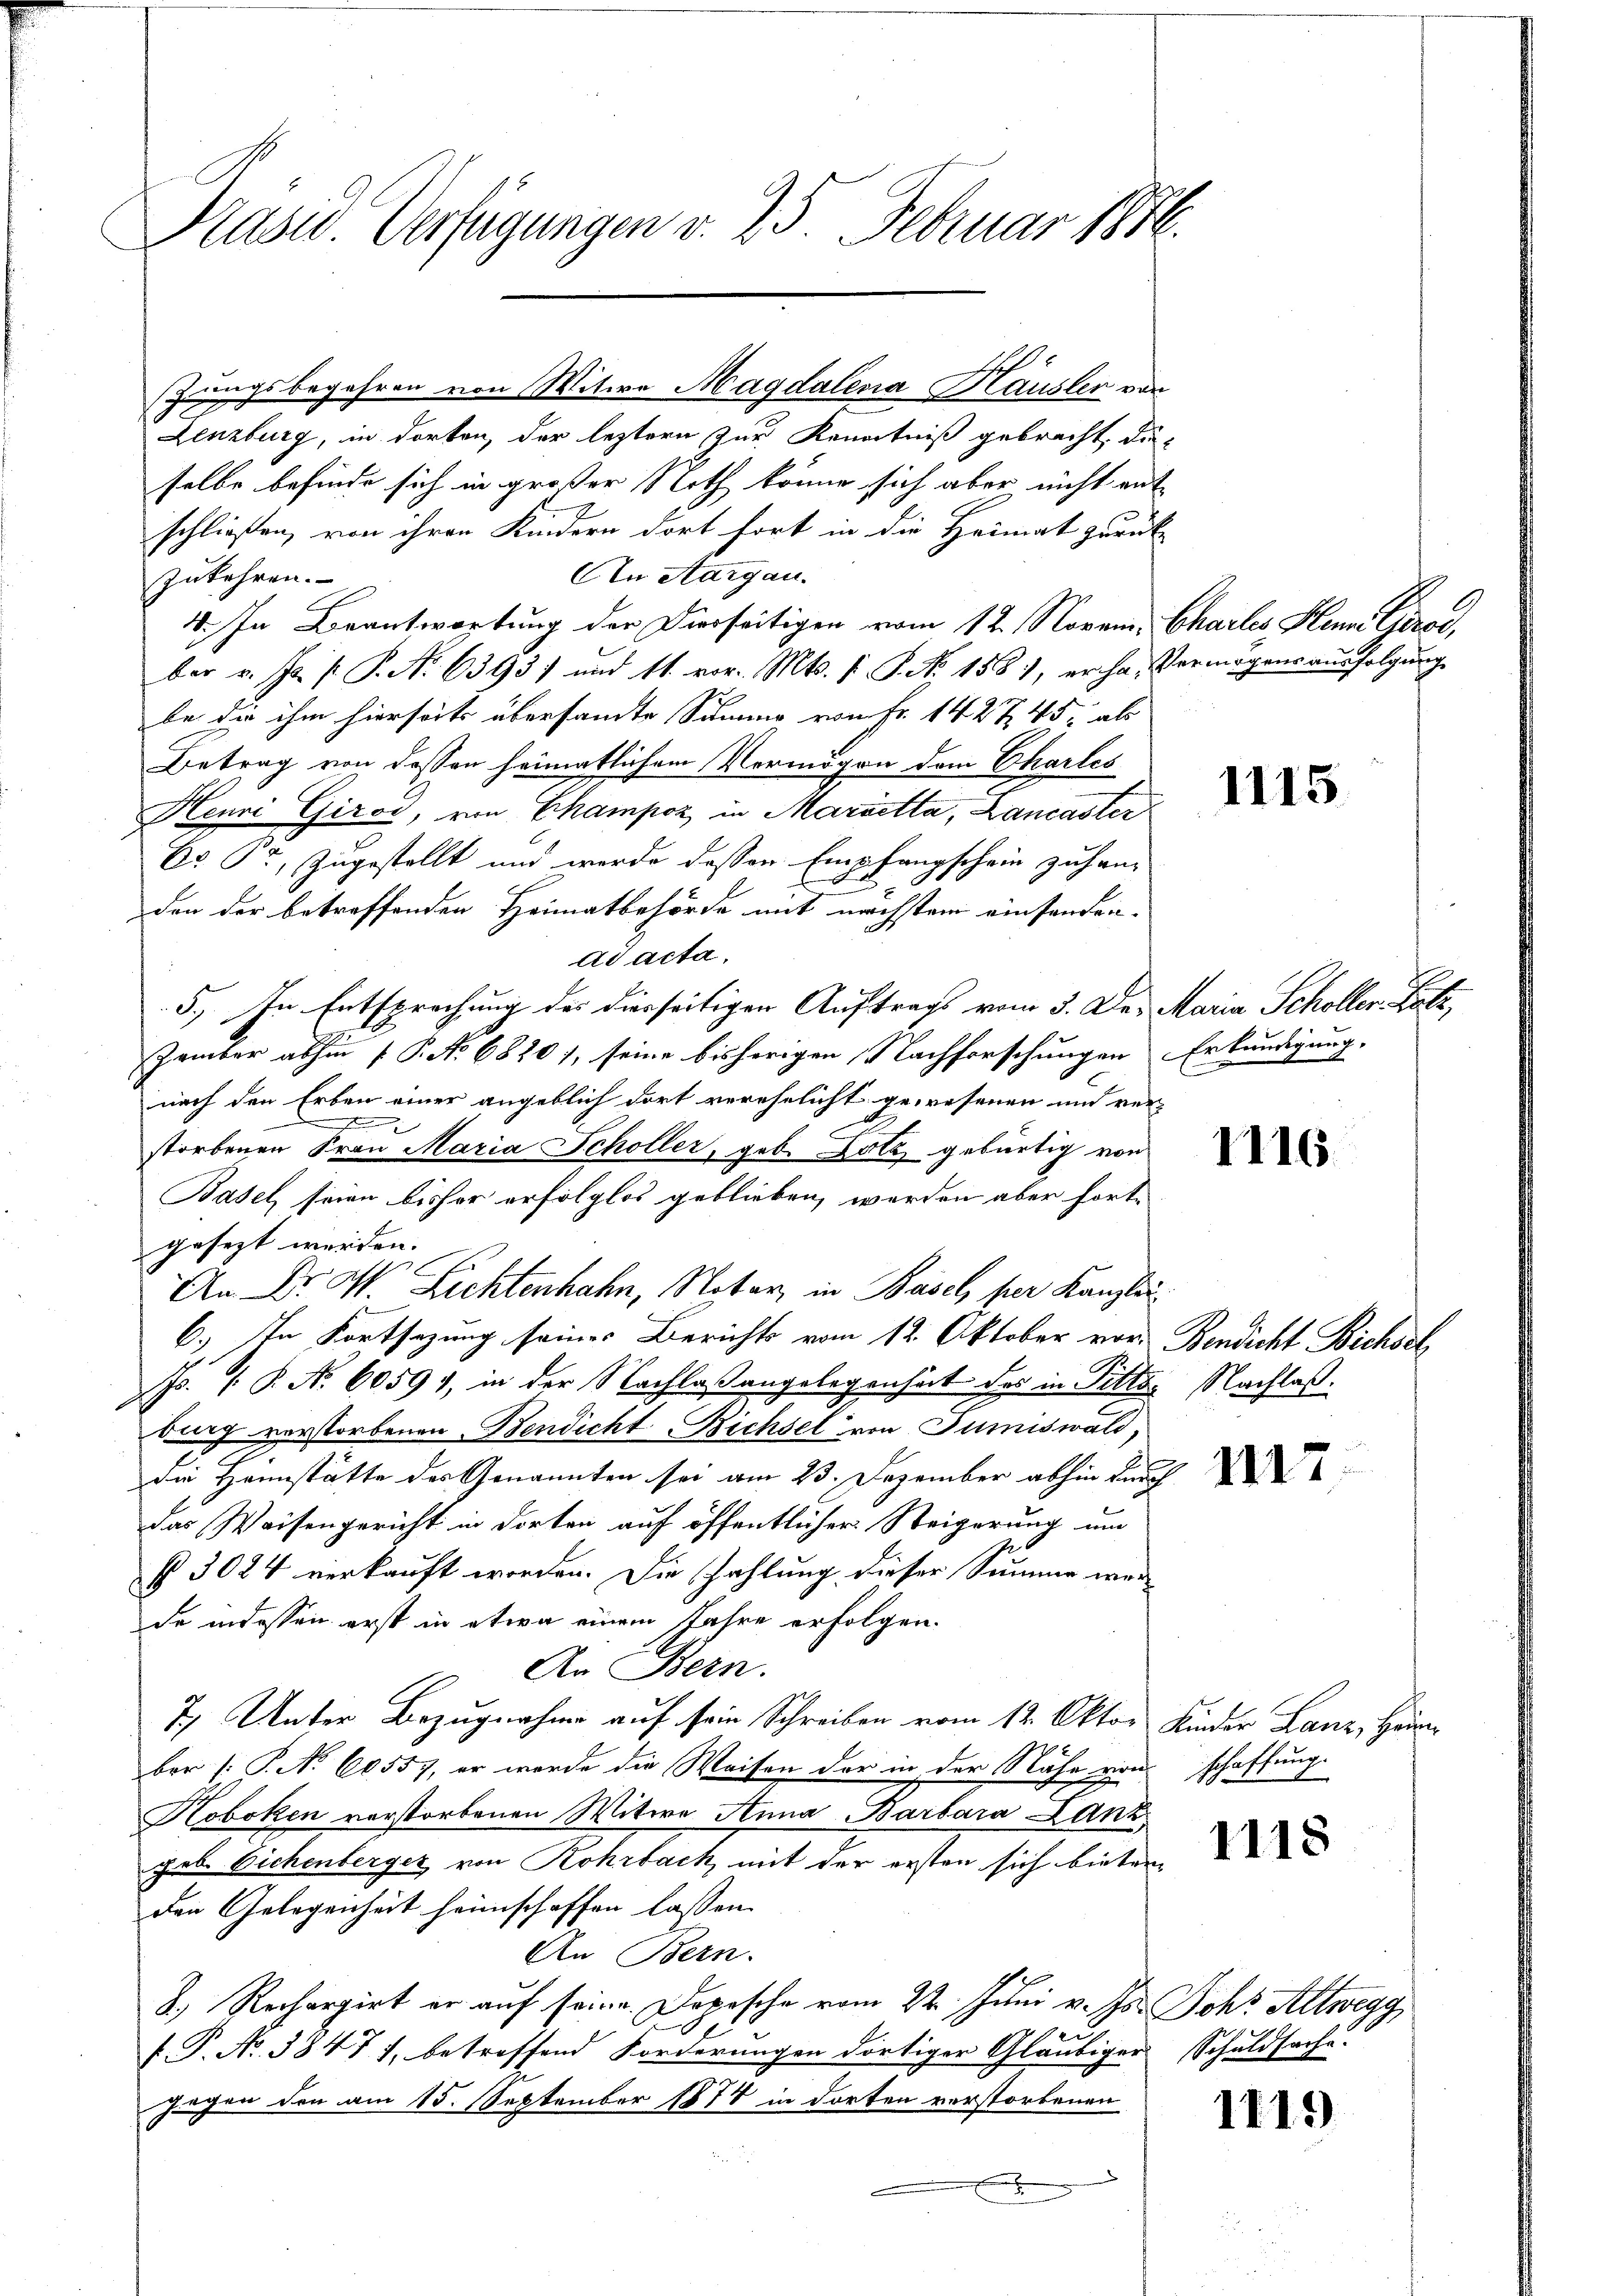
Prasw. Verfügungen d. 25. Februar 1886.

Lenzburg, in dorten, der leztern zur Kenntniß gebracht, di
selbe befinde sich in großer Noth könne sich aber nicht ent-
schließen, von ihren Kindern dort fort in die Heimat zurück
An Aargau.
zukehren.
4. In Beantwortung der Dierseitigen vom 12. Novem, Chailes Klein Gerad,
ber v. J. P. P. Nr. 63937 und 11. vor. Mts. s P. Nr. 1581, er ha, Vermögensausfolgung
be die ihm hierseits übersammte Summe von Fr. 1427 45, als
Betrag von dessen heimatlichem Vermögen dem Charles
Henni Girod, von Champoz in Marietta, Lancaster
Eo Pr, zugestellt und werde dessen Empfangschein zuhan-
den der betreffenden Heimatbehörde mit nächstem einsenden-
ad acta.
5., In Entsprechung des dierseitigen Auftrags vom 3. Der Maria Scholler Batz,
Zember abhin f P. Nr. 6820), seine bisherigen Nachforschungen Erkundigung,
nach den Erben einer angeblich dort verehelicht gewesenen und ver-
B
storbenen Frau Maria Schöller, geb. Lutz gebürtig von
Basel seien bisher erfolglos geblieben, werden aber fort-
gesezt werden. |
An Dr. W. Lichtenhahn, Notar, in Basel per Kanzlei
6.) In Fortsetzung seines Berichts vom 12. Oktober vor. Bendicht Bichsel
J. P. No 6059), in der Nachlaßangelegenheit das in Pittes Nachlaßburg verstorbenen Bendicht, Bichsel von Tumiswald,
Die Hannstätte der Genannten sei am 23. Dezember abhin durch
das Waisengericht in dorten auf öffentlicher Steigerung um
§ 3084 verkauft worden. Die Zahlung dieser Summe wer-
de indessen erst in etwa einem Jahre erfolgen.
An Bern.
7.) Unter Bezugnahme auf sein Schreiben vom 12. Oktor Kinder Lanz, Heum
ber (: P. No 60557, er werde die Weisen der in der Nähe von schaffung
Koboken verstorbenen Witwe Anna Barbara Lanz
geb. Eichenberger von Rohrback mit der ersten sich bieten
den Gelegenheit heimschaffen lassen.
An Bern.
8.) Rechargirt er auf seine Dopesche vom 22. Juni v. Js. Johr Altwegg
f. P. No. 38471, betreffend Forderungen dortiger Gläubigers Schuldsache.
gegen den am 15. September 1878 in dorten verstorbenen
F

szungsbegehren von Witwe Magdalena Häusler von

1115.

1116.

1119